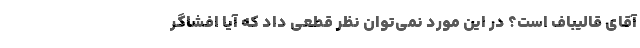
آقای قالیباف است؟ در این مورد نمی‌توان نظر قطعی داد که آیا افشاگر